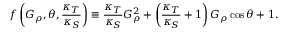
f \left( G _ { \rho } , \theta , \frac { \kappa _ { T } } { \kappa _ { S } } \right) \equiv \frac { \kappa _ { T } } { \kappa _ { S } } G _ { \rho } ^ { 2 } + \left( \frac { \kappa _ { T } } { \kappa _ { S } } + 1 \right) G _ { \rho } \cos { \theta } + 1 .